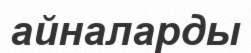
айналарды